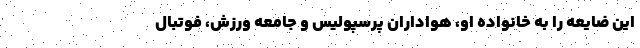
این ضایعه را به خانواده او، هواداران پرسپولیس و جامعه ورزش، فوتبال